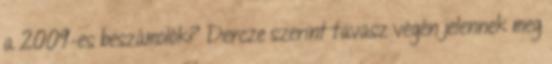
a 2009-es beszámolók? Dercze szerint tavasz végén jelennek meg